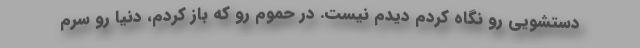
دستشویی رو نگاه کردم دیدم نیست. در حموم رو که باز کردم، دنیا رو سرم